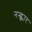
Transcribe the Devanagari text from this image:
नन्ह्कार